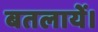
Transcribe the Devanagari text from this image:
बतलायें।